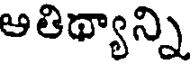
అతిథ్యాన్ని